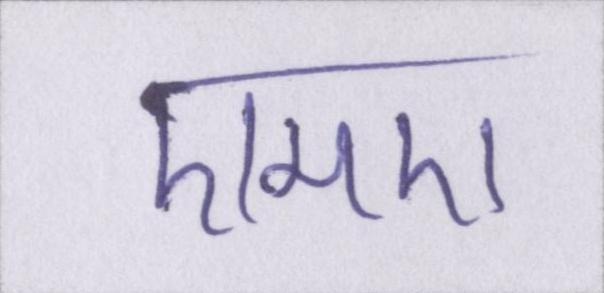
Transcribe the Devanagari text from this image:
एमए